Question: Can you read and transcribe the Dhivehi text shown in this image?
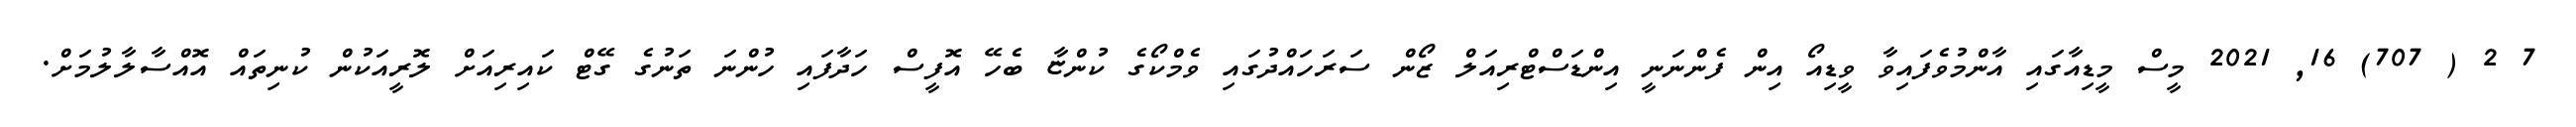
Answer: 7 2 ( 707) 16, 2021 މީސް މީޑިއާގައި އާންމުވެފައިވާ ވީޑިއޯ އިން ފެންނަނީ އިންޑަސްޓްރިއަލް ޒޯން ސަރަހައްދުގައި ވެމްކޯގެ ކުންޏާ ބެހޭ އޮފީސް ހަދާފައި ހުންނަ ތަނުގެ ގޭޓް ކައިރިއަށް ލޮރީއަކުން ކުނިތައް އޮއްސާލާލުމަށް.